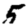
Digit: 5